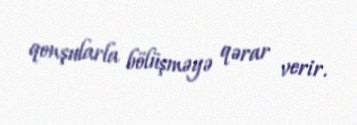
qonşularla bölüşməyə qərar verir.